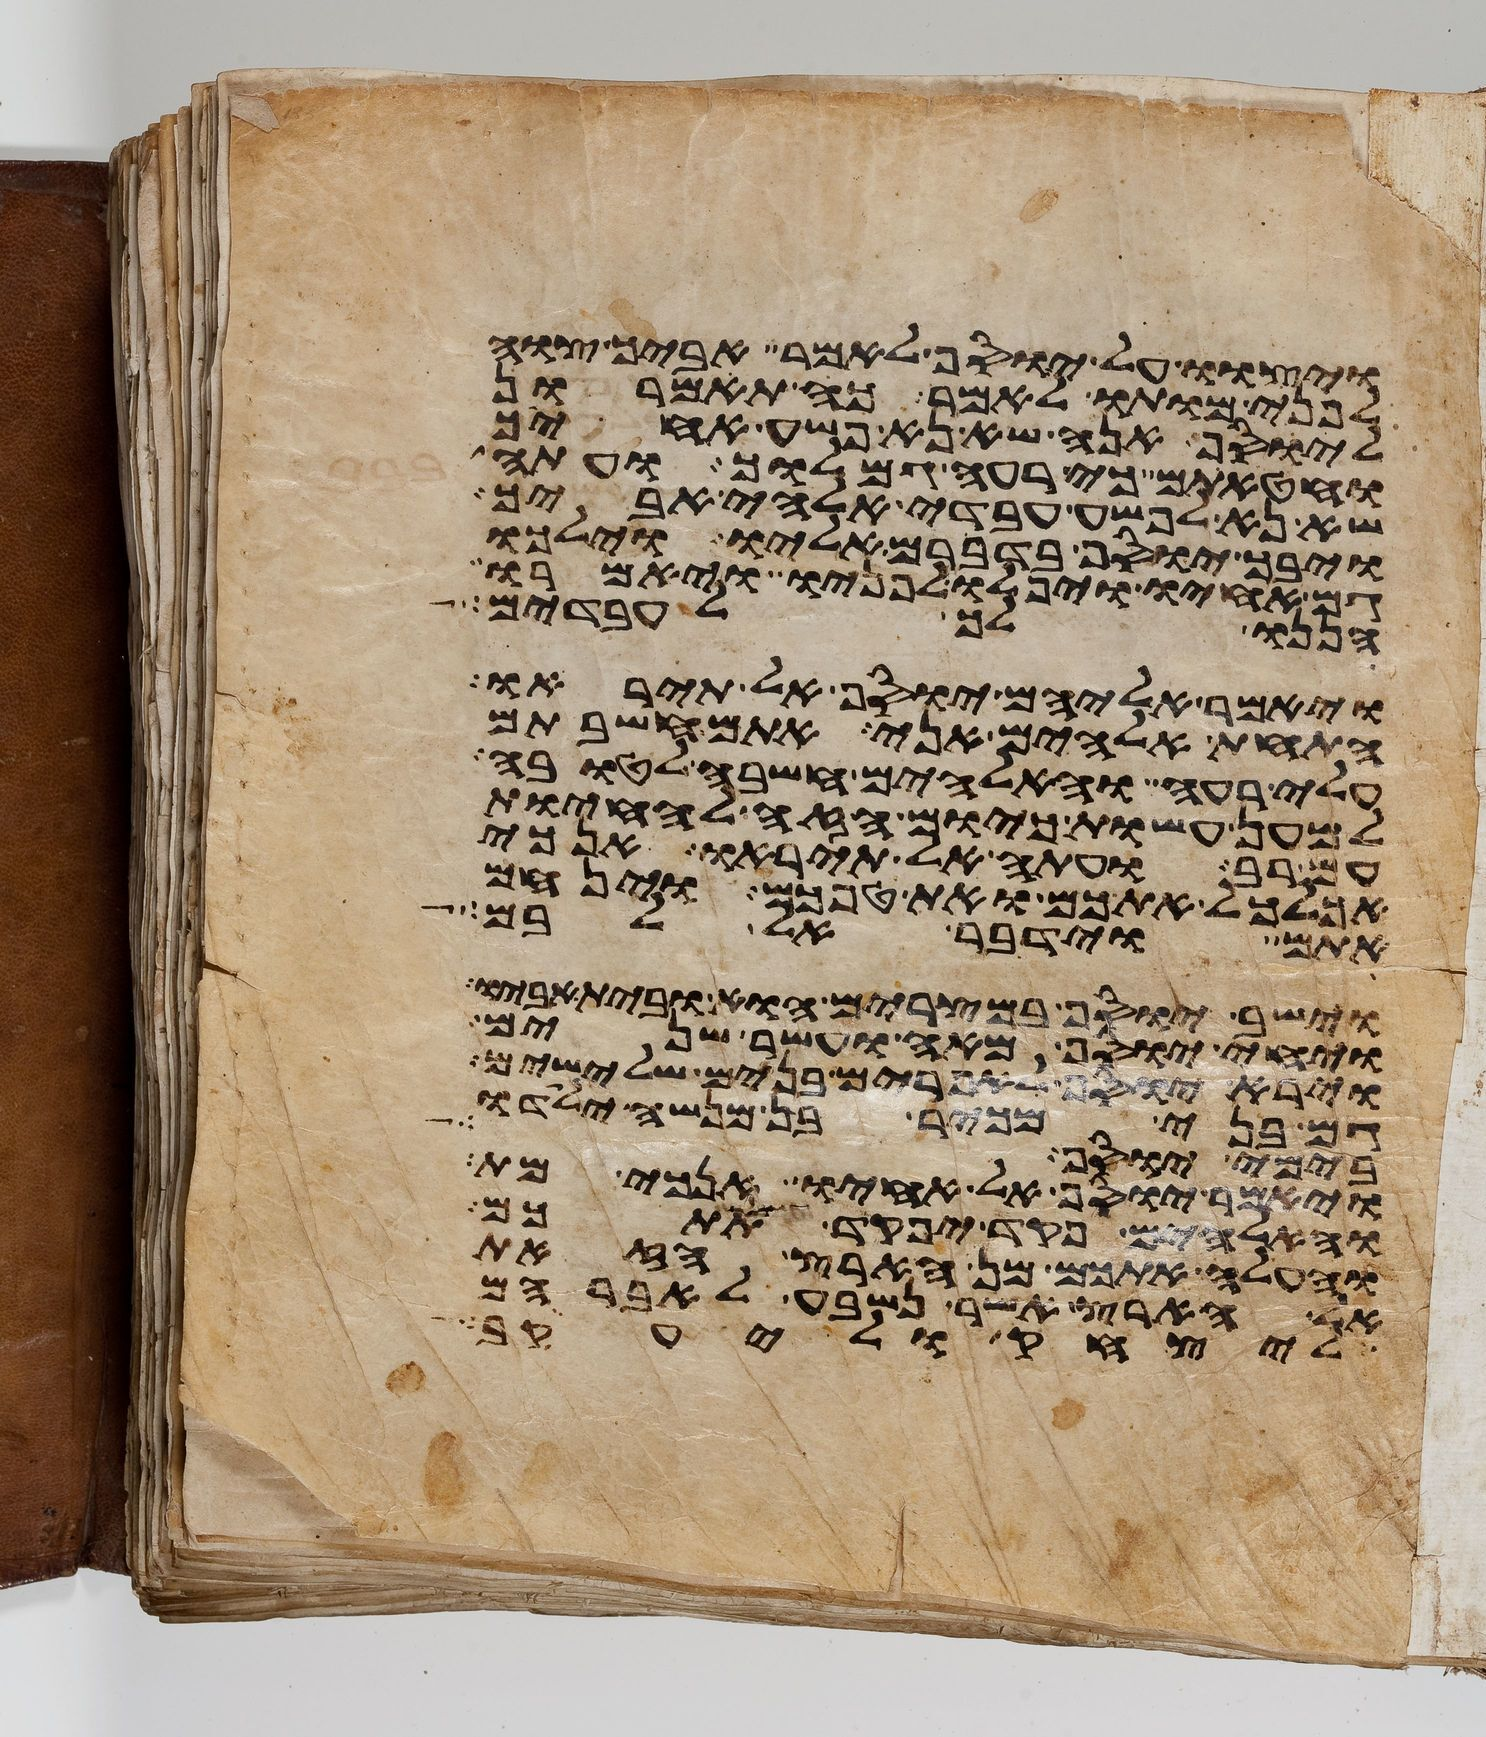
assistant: ויצוו על יוסף לאמר אביך צוה
לפני מותו לאמר כה תאמרון
ליוסף אנה שא נא פשע אחיך
וחטאתם כי רעה גמלוך ועתה
שא נא לפשע עבדי אלהי אביך
ויבך יוסף בדברם אליו וילכו
גם אחיו ויפלו לפניו ויאמרו
הננו לך לעבדים
ויאמר אליהם יוסף אל תיראו
התחת אלהים אני אתם חשבתם
עלי רעה והאלהים חשבה לטובה
למען עשות כיום הזה להחיות
עם רב ועתה אל תיראו אנכי
אכלכל אתכם ואת טפכם וינחם
אתם וידבר אל לבם
וישב יוסף במצרים הוא ובית אביו
ויחי יוסף מאה ועשר שנים
וירא יוסף לאפרים בנים שלישים
גם בני מכיר בן מנשה ילדו
בימי יוסף
ויאמר יוסף אל אחיו אנכי מת
והאלהים פקד יפקד אתכם
והעלה אתכם מן הארץ הזאת
אל הארץ אשר נשבע לאברהם
ליצחק וליעקב